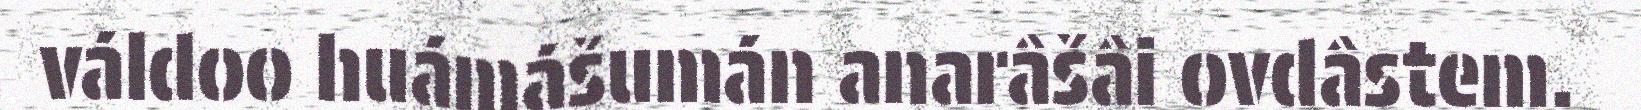
váldoo huámášumán anarâšâi ovdâstem.